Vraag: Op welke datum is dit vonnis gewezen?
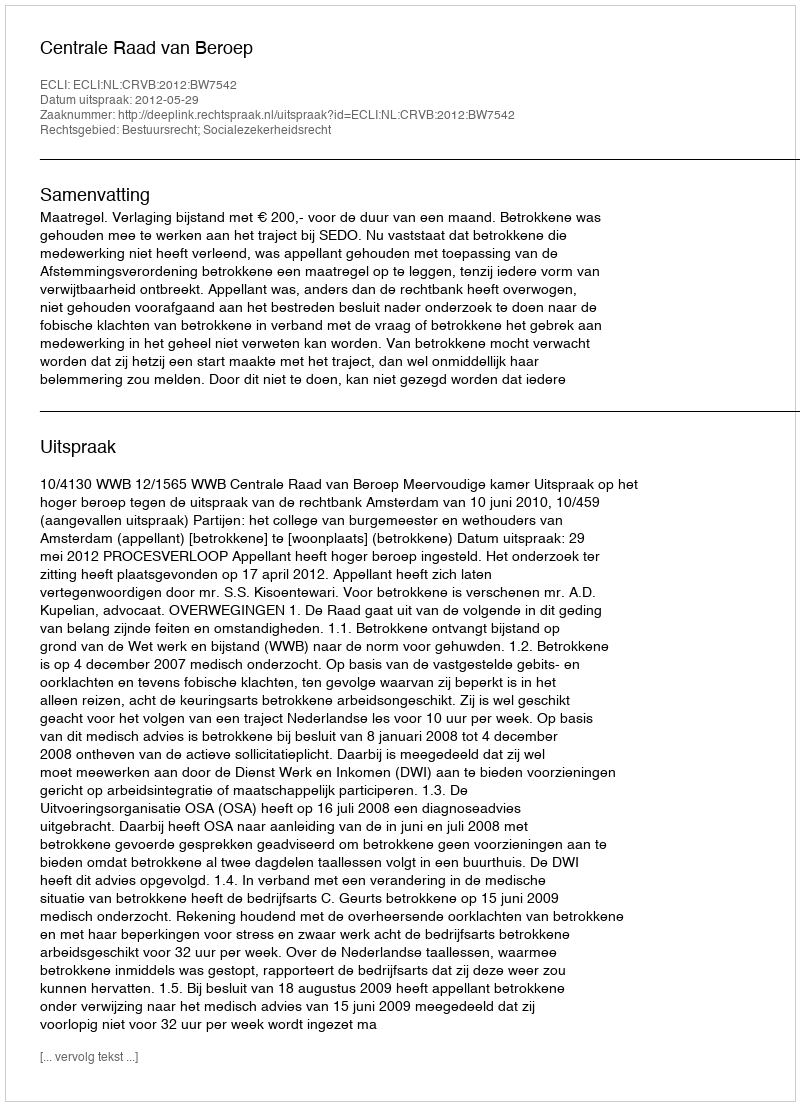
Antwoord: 2012-05-29